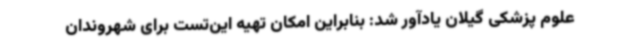
علوم‌ پزشکی گیلان یادآور شد: بنابراین امکان تهیه این‌تست برای شهروندان